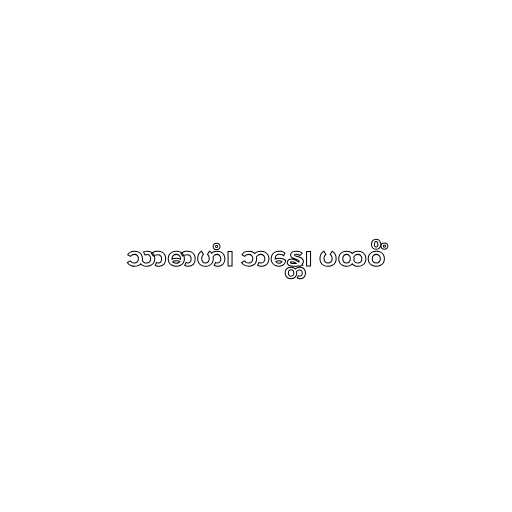
သာဓာဟံ၊ ဘန္တေ၊ ပထဝိံ